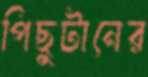
পিছুটানের